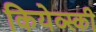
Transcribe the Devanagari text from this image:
कियेव्स्की